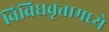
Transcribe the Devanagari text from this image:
विविधवृत्तामध्ये